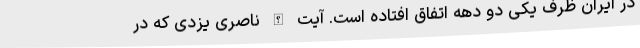
در ایران ظرف یکی دو دهه اتفاق افتاده است. آیت الله ناصری یزدی که در